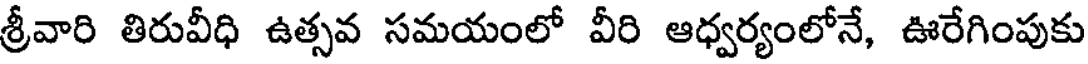
శ్రీవారి తిరువీధి ఉత్సవ సమయంలో వీరి ఆధ్వర్యంలోనే, ఊరేగింపుకు